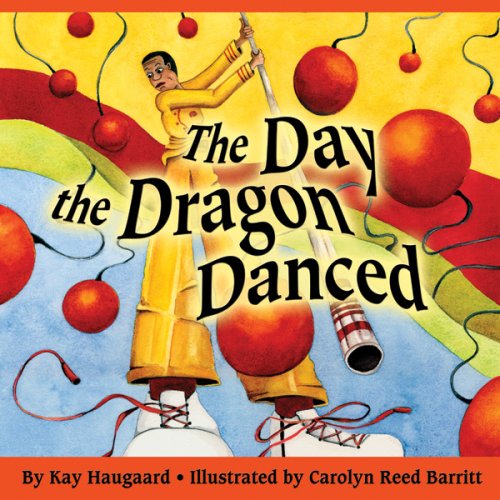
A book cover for The Day the Dragon Danced; Kay Haugaard; Children's Books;